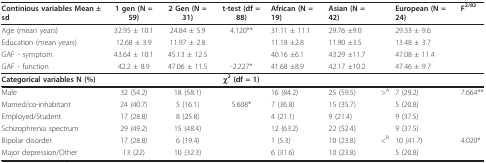
| Continious variables Mean ± sd | 1 gen (N = 59) | 2 Gen (N = 31) | t-test (df = 88) | African (N = 19) | Asian (N = 42) |  | European (N = 24) | F2/82 |
 | --- | --- | --- | --- | --- | --- | --- | --- | --- |
 | Age (mean years) | 32.95 ± 10.1 | 24.84 ± 5.9 | 4.120** | 31.11 ± 11.1 | 29.76 ±9.0 |  | 29.33 ± 9.6 |  |
 | Education (mean years) | 12.68 ± 3.9 | 11.97 ± 2.8 |  | 11.18 ±2.8 | 11.90 ±3.5 |  | 13.48 ± 3.7 |  |
 | GAF - symptom | 43.64 ± 10.1 | 45.13 ± 12.5 |  | 40.16 ±6.1 | 43.29 ±11.7 |  | 47.08 ± 11.4 |  |
 | GAF - function | 42.2 ± 8.9 | 47.06 ± 11.5 | -2.227* | 41.68 ±8.9 | 42.17 ±10.2 |  | 47.46 ± 9.7 |  |
 | Categorical variables N (%) |  |  | χ2 (df = 1) |  |  |  |  |  |
 | Male | 32 (54.2) | 18 (58.1) |  | 16 (84.2) | 25 (59.5) | >A | 7 (29.2) | 7.664** |
 | Married/co-inhabitant | 24 (40.7) | 5 (16.1) | 5.608* | 7 (36.8) | 15 (35.7) |  | 5 (20.8) |  |
 | Employed/Student | 17 (28.8) | 8 (25.8) |  | 4 (21.1) | 9 (21.4) |  | 9 (37.5) |  |
 | Schizophrenia spectrum | 29 (49.2) | 15 (48.4) |  | 12 (63.2) | 22 (52.4) |  | 9 (37.5) |  |
 | Bipolar disorder | 17 (28.8) | 6 (19.4) |  | 1 (5.3) | 10 (23.8) | <B | 10 (41.7) | 4.020* |
 | Major depression/Other | 13 (22) | 10 (32.3) |  | 6 (31.6) | 10 (23.8) |  | 5 (20.8) |  |